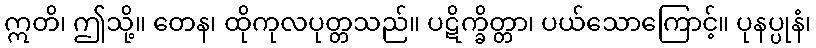
ဣတိ၊ ဤသို့။ တေန၊ ထိုကုလပုတ္တသည်။ ပဋိက္ခိတ္တာ၊ ပယ်သောကြောင့်။ ပုနပ္ပုနံ၊